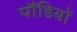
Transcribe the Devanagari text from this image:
पौंडियों